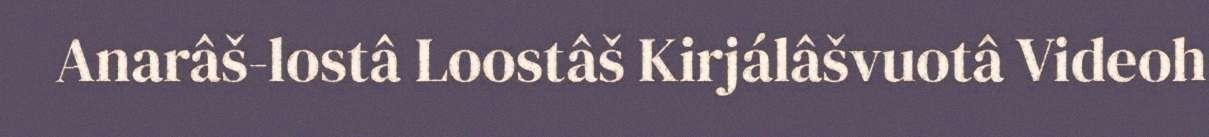
Anarâš-lostâ Loostâš Kirjálâšvuotâ Videoh